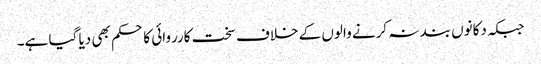
جبکہ دکانوں بند نہ کرنے والوں کے خلاف سخت کارروائی کا حکم بھی دیا گیا ہے۔